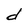
Character: d